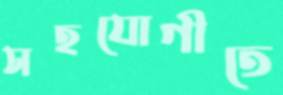
সহযোগীতে